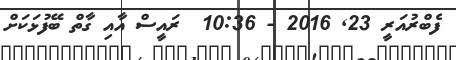
ފެބްރުއަރީ 23